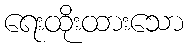
ရေးထိုးထားသော